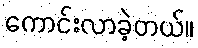
ကောင်းလာခဲ့တယ်။